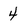
Character: 4